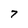
Character: 7